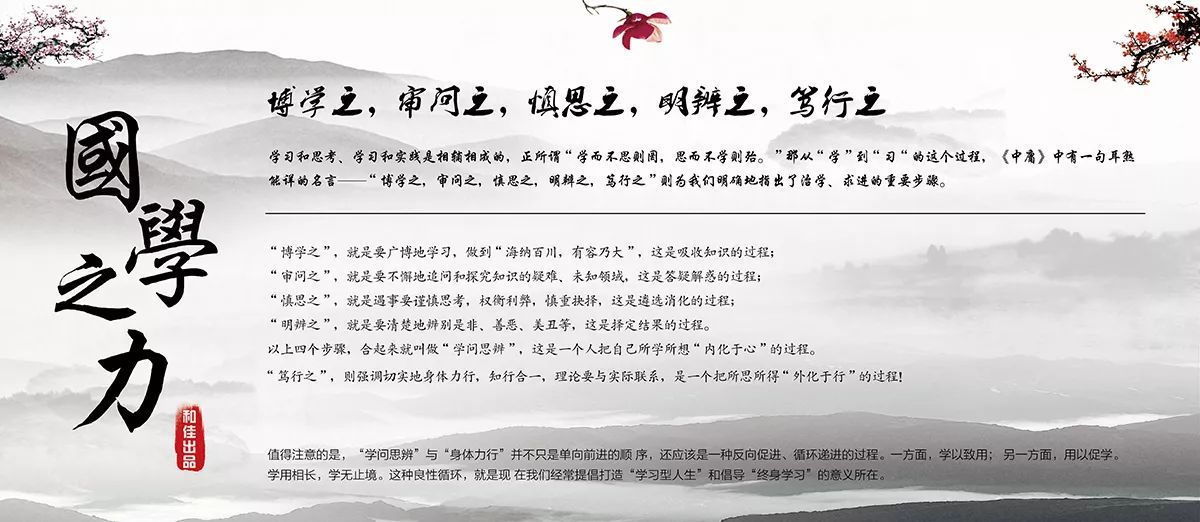
博学之，审问之，慎思之，明辨之，笃行之。